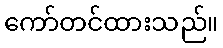
ကော်တင်ထားသည်။